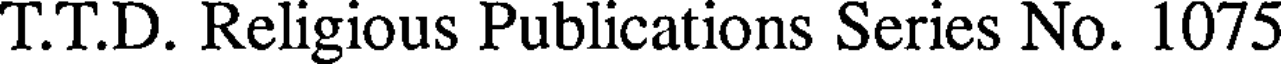
T.T.D. Religious Publications Series No. 1075